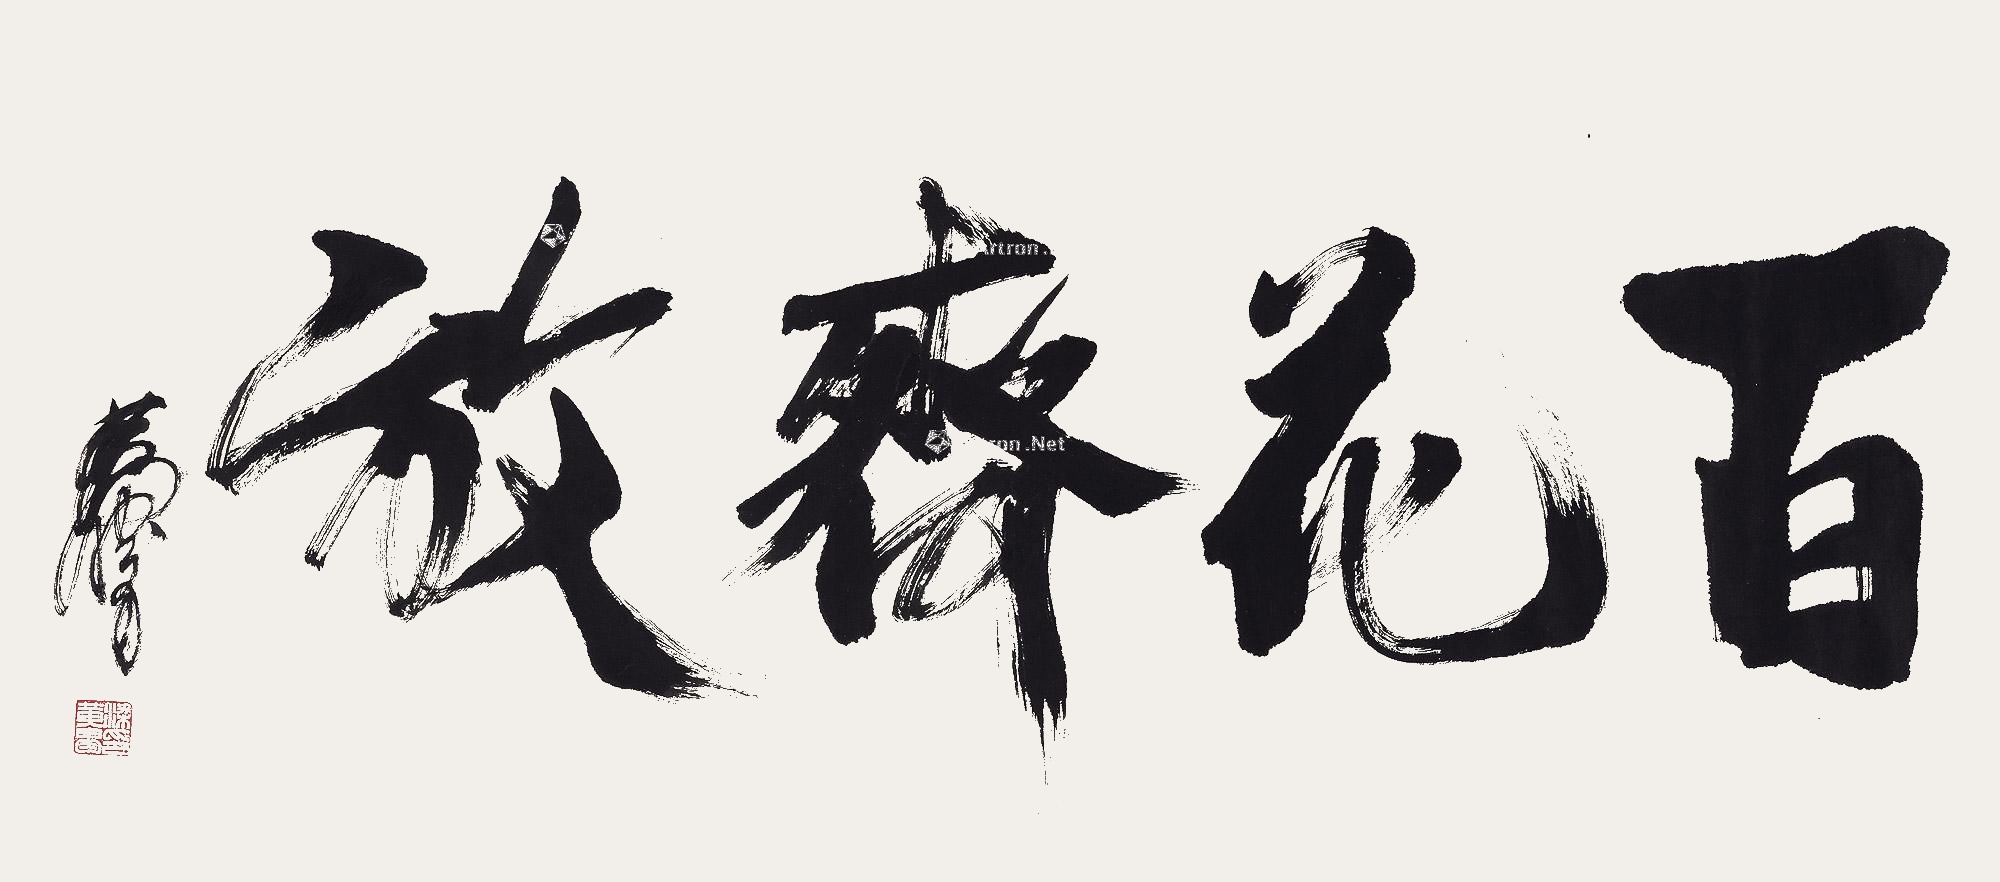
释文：百花齐放黄胄